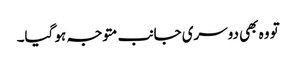
تو وہ بھی دوسری جانب متوجہ ہو گیا۔